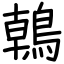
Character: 𪂂